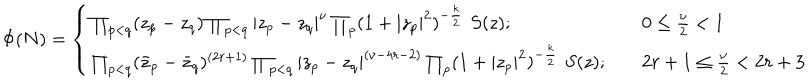
\Phi ( N ) = \left\{ \begin{array} { l l } { { \prod _ { p < q } ( z _ { p } - z _ { q } ) \prod _ { p < q } | z _ { p } - z _ { q } | ^ { \nu } \prod _ { p } ( 1 + | z _ { p } | ^ { 2 } ) ^ { - { \frac { k } { 2 } } } \, \, S ( z ) ; } } & { { 0 \le { \frac { \nu } { 2 } } < 1 } } \\ { { \prod _ { p < q } ( \bar { z } _ { p } - \bar { z } _ { q } ) ^ { ( 2 r + 1 ) } \prod _ { p < q } | z _ { p } - z _ { q } | ^ { ( \nu - 4 r - 2 ) } \prod _ { p } ( 1 + | z _ { p } | ^ { 2 } ) ^ { - { \frac { k } { 2 } } } \, \, S ( z ) ; \quad } } & { { 2 r + 1 \le { \frac { \nu } { 2 } } < 2 r + 3 } } \\ \end{array} \right.